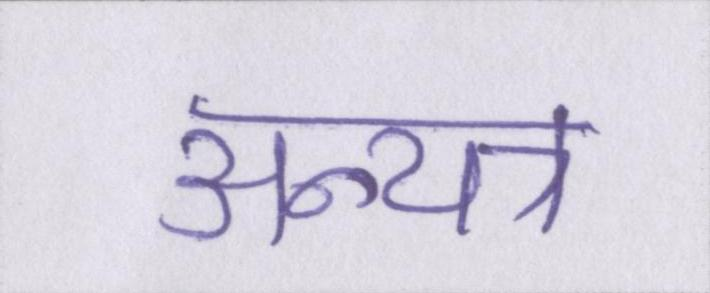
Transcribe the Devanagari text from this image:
अन्यत्र